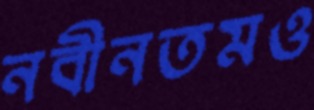
নবীনতমও